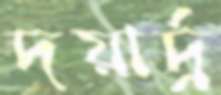
দয়ার্দ্র